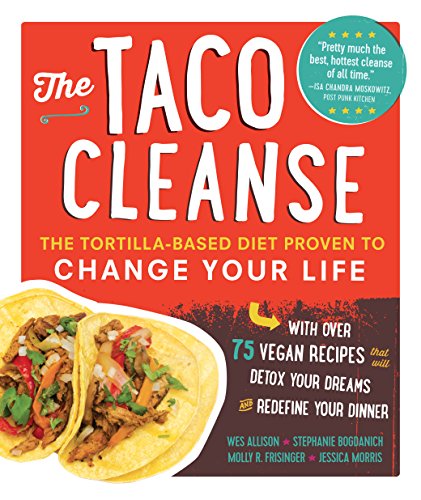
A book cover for The Taco Cleanse: The Tortilla-Based Diet Proven to Change Your Life; Wes Allison; Humor & Entertainment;